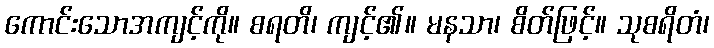
ကောင်းသောအကျင့်ကို။ စရတိ၊ ကျင့်၏။ မနသာ၊ စိတ်ဖြင့်။ သုစရိတံ၊